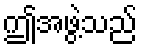
ဤအဖွဲ့သည်